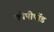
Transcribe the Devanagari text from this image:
कोपीपॉड